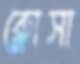
ক্লোসা